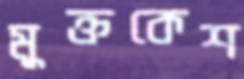
মুক্তকেশ